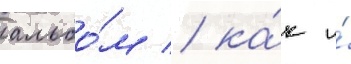
альбо́м / ка́к и́